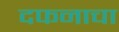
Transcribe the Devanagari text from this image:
दफनाचा